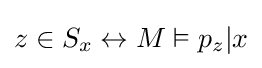
z\in S_{x}\leftrightarrow M\vDash p_{z}|x